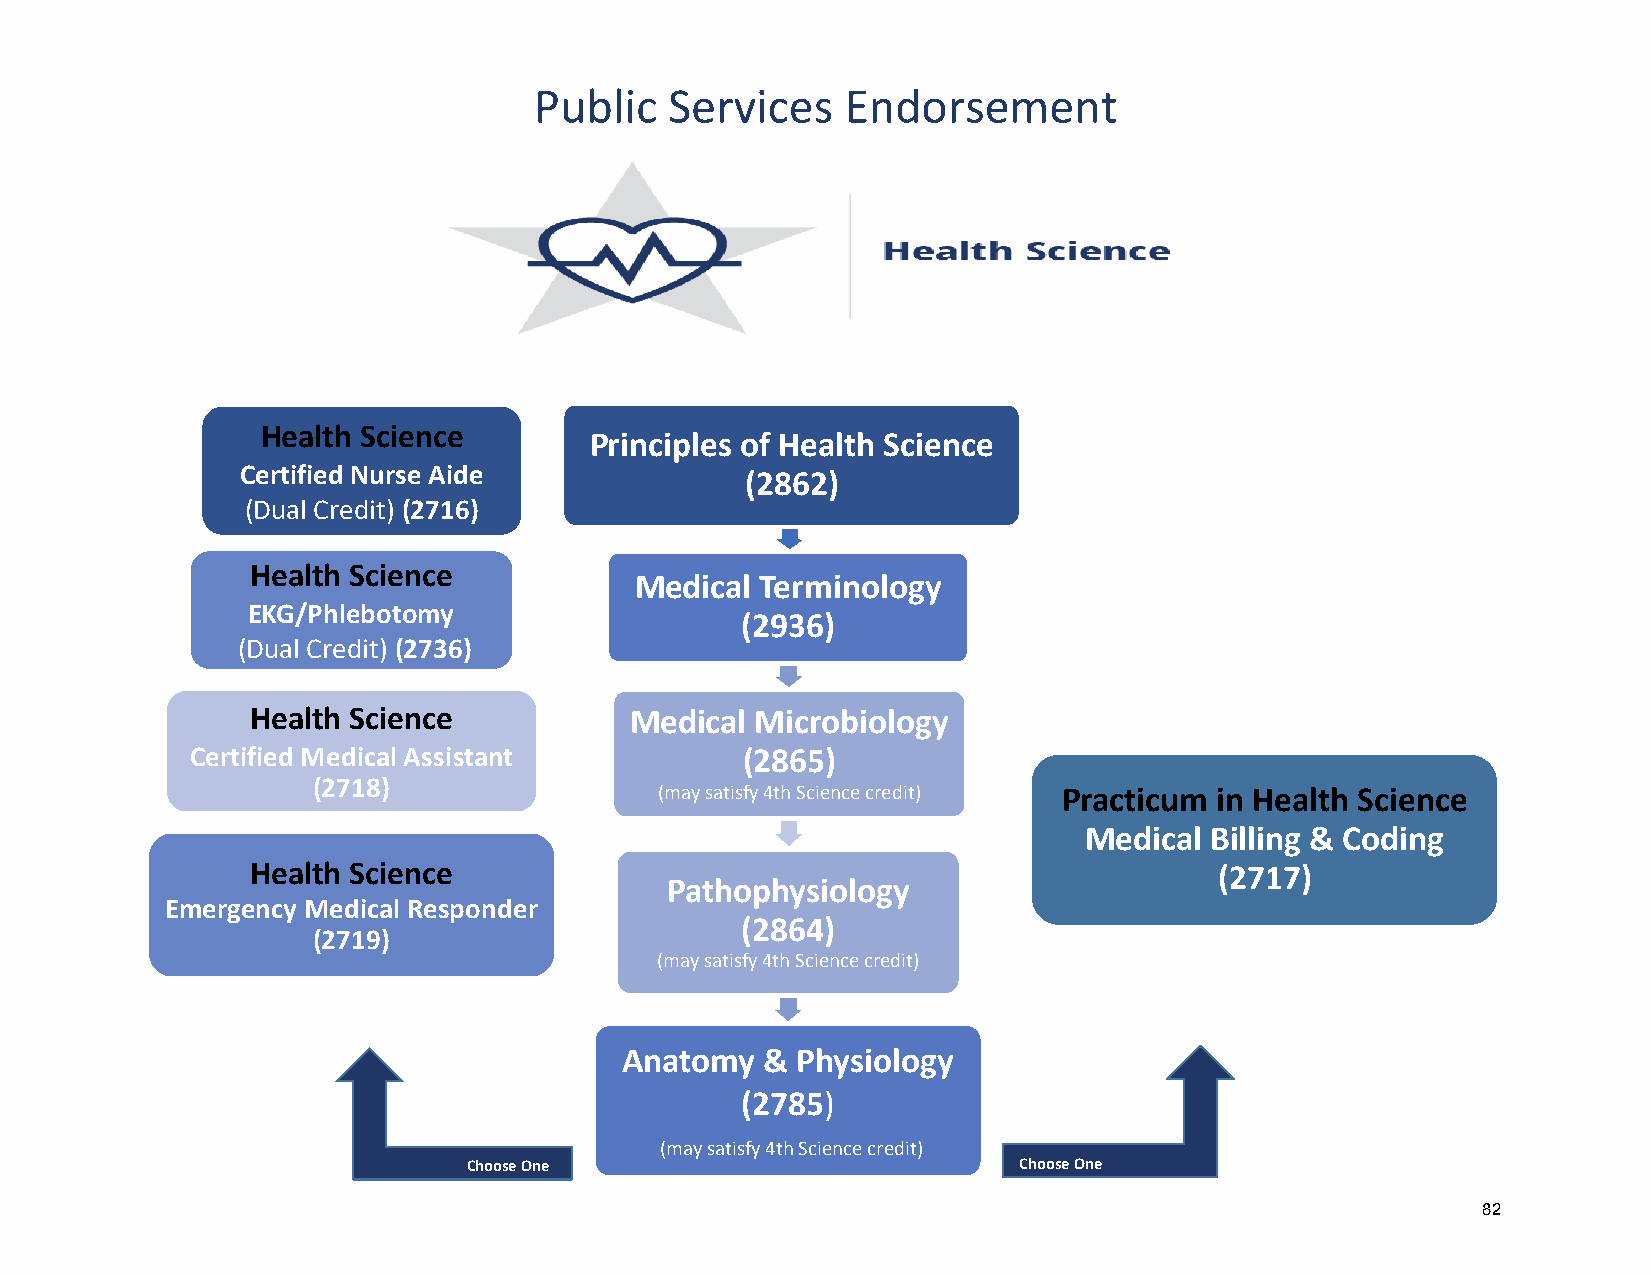
Public   Services    Endorsement
 Health Science
 Principles of Health Science
 Certified Nurse Aide
 (2862)
 (Dual Credit) (2716)
 Health Science
 Medical Terminology
 EKG/Phlebotomy
 (2936)
 (Dual Credit) (2736)
 Health Science           Medical Microbiology
 Certified Medical Assistant         (2865)
 (2718)
 (may satisfy 4th Science credit) Practicum in Health Science
 Medical Billing & Coding
 Health Science                                                  (2717)
 Pathophysiology
 Emergency Medical Responder
 (2864)
 (2719)
 (may satisfy 4th Science credit)
 Anatomy   & Physiology
 (2785)
 (may satisfy 4th Science credit)
 Choose One                          Choose One
 82